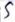
Text: S